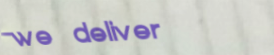
we deliver